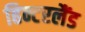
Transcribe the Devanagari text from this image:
हिन्टरलैंड